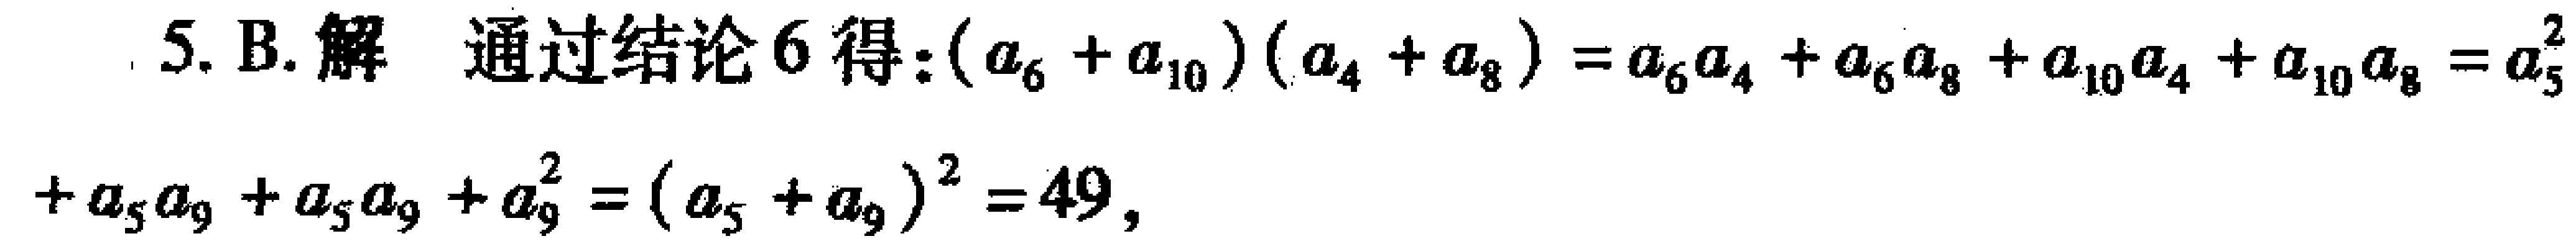
5. B. 解 通过结论6得: \((a_{6} + a_{10})(a_{4} + a_{8}) = a_{6}a_{4} + a_{6}a_{8} + a_{10}a_{4} + a_{10}a_{8}=a_{5}^{2}+ a_{5}a_{9} + a_{5}a_{9} + a_{9}^{2}=(a_{5} + a_{9})^{2}=49\)，